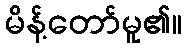
မိန့်တော်မူ၏။